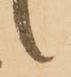
候